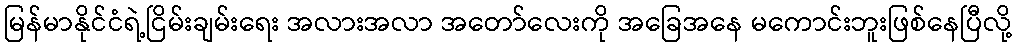
မြန်မာနိုင်ငံရဲ့ငြိမ်းချမ်းရေး အလားအလာ အတော်လေးကို အခြေအနေ မကောင်းဘူးဖြစ်နေပြီလို့